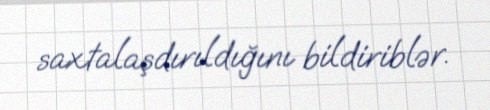
saxtalaşdırıldığını bildiriblər.